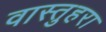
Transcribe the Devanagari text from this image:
वास्तुहरा